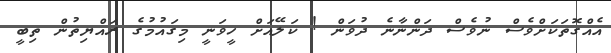
އެއްގޮތަކަށްވެސް ނުވެސް ދަންނާނެ ދުވަން ! ކަލޭއަށް ހީވަނީ މިގައުމުގެ ރައްޔިތުން ތިބީ